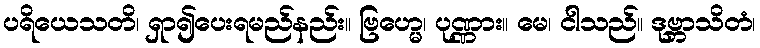
ပရိယေသတိ၊ ရှာ၍ပေးရမည်နည်း။ ဗြဟ္မေ၊ ပုဏ္ဏား။ မေ၊ ငါသည်။ ဒုဗ္ဘာသိတံ၊